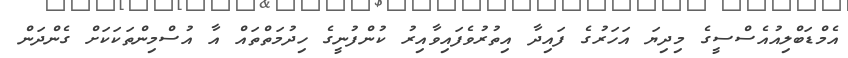
އެމްޑަބްލިއުއެސްސީގެ މިދިޔަ އަހަރުގެ ފައިދާ އިތުރުވެފައިވާއިރު ކުންފުނީގެ ހިދުމަތްތައް އާ އުސްމިންތަކަކަށް ގެންދަން